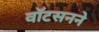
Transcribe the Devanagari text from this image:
वॉटसनने